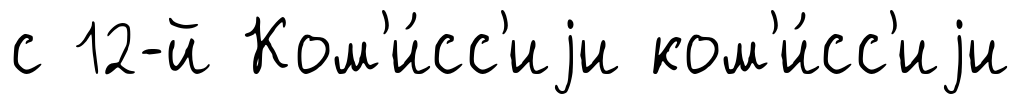
с 12-й Ком'и́сс'иjи ком'и́сс'иjи